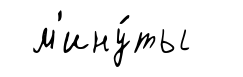
м'ину́ты